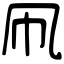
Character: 凧